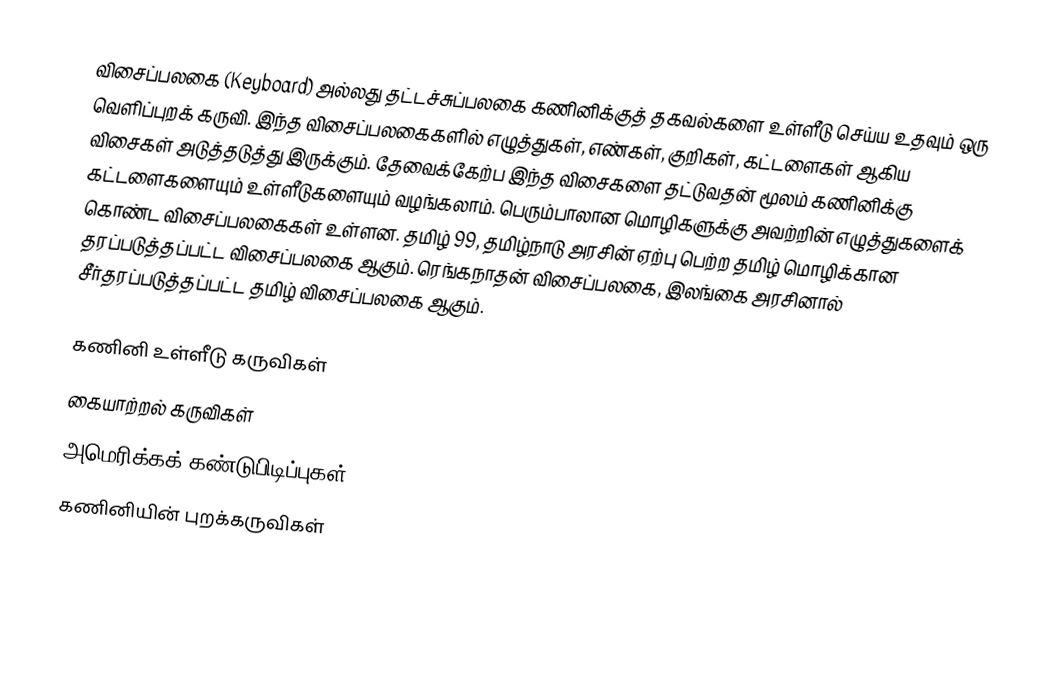
விசைப்பலகை (Keyboard) அல்லது தட்டச்சுப்பலகை கணினிக்குத் தகவல்களை உள்ளீடு செய்ய உதவும் ஒரு வெளிப்புறக் கருவி. இந்த விசைப்பலகைகளில் எழுத்துகள், எண்கள், குறிகள், கட்டளைகள் ஆகிய விசைகள் அடுத்தடுத்து இருக்கும். தேவைக்கேற்ப இந்த விசைகளை தட்டுவதன் மூலம் கணினிக்கு கட்டளைகளையும் உள்ளீடுகளையும் வழங்கலாம். பெரும்பாலான மொழிகளுக்கு அவற்றின் எழுத்துகளைக் கொண்ட விசைப்பலகைகள் உள்ளன. தமிழ் 99, தமிழ்நாடு அரசின் ஏற்பு பெற்ற தமிழ் மொழிக்கான தரப்படுத்தப்பட்ட விசைப்பலகை ஆகும். ரெங்கநாதன் விசைப்பலகை, இலங்கை அரசினால் சீர்தரப்படுத்தப்பட்ட தமிழ் விசைப்பலகை ஆகும்.

கணினி உள்ளீடு கருவிகள்
கையாற்றல் கருவிகள்
அமெரிக்கக் கண்டுபிடிப்புகள்
கணினியின் புறக்கருவிகள்